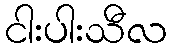
ငါးပါးသီလ